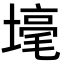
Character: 𡐒